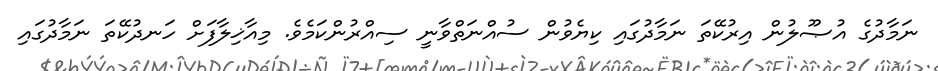
ނަމާދުގެ އުޞޫލުން އިރުކޭތަ ނަމާދުގައި ކިޔެވުން ސުއްނަތްވާނީ ސިއްރުންކަމެވެ. މިއާޚިލާފަށް ހަނދުކޭތަ ނަމާދުގައި